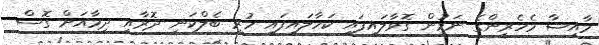
މާއިޝާ މެހެރީންގެ ނަމުން ގޮވާލައިފައި ކަހާލައިފައި ހުރި ބެލްކަނީ ދޮރާއި ދިމާއަށް ގޮސް